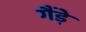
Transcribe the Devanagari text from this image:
गैंड़े